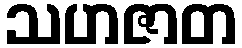
သဟဇာတ